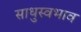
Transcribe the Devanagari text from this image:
साधुस्वभाव